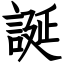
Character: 誕